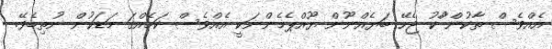
އެއްވެސް ތާކުން ުާކު ޖެހޭ ބަޔެއްނޫން ޔޫއްޕެމެންނަކީ އެއްވެސް ކަމެއްގަ މަޑަކުން ނުތިބެވޭ.